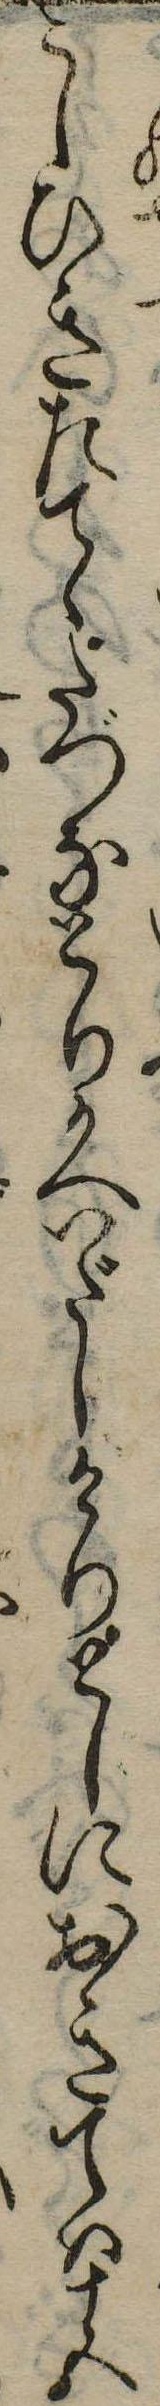
こしひきたてゝたづなとりかへいだしけりとしにおきては十五